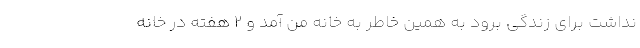
نداشت برای زندگی برود به همین خاطر به خانه من آمد و ۲ هفته در خانه